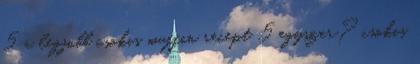
5 a legjobb csokis muffin recept 5 egyszer? csokis